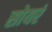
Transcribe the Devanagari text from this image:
सोयरं